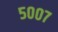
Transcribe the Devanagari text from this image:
५००७